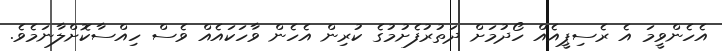
އެހެންވީމަ އެ ރެސިޕީއެއް ހޯދުމަށް ދަތުރުފެށުމުގެ ކުރިން އެހެން ވާހަކައެއް ވެސް ހިއްސާކޮށްލާނަމެވެ.